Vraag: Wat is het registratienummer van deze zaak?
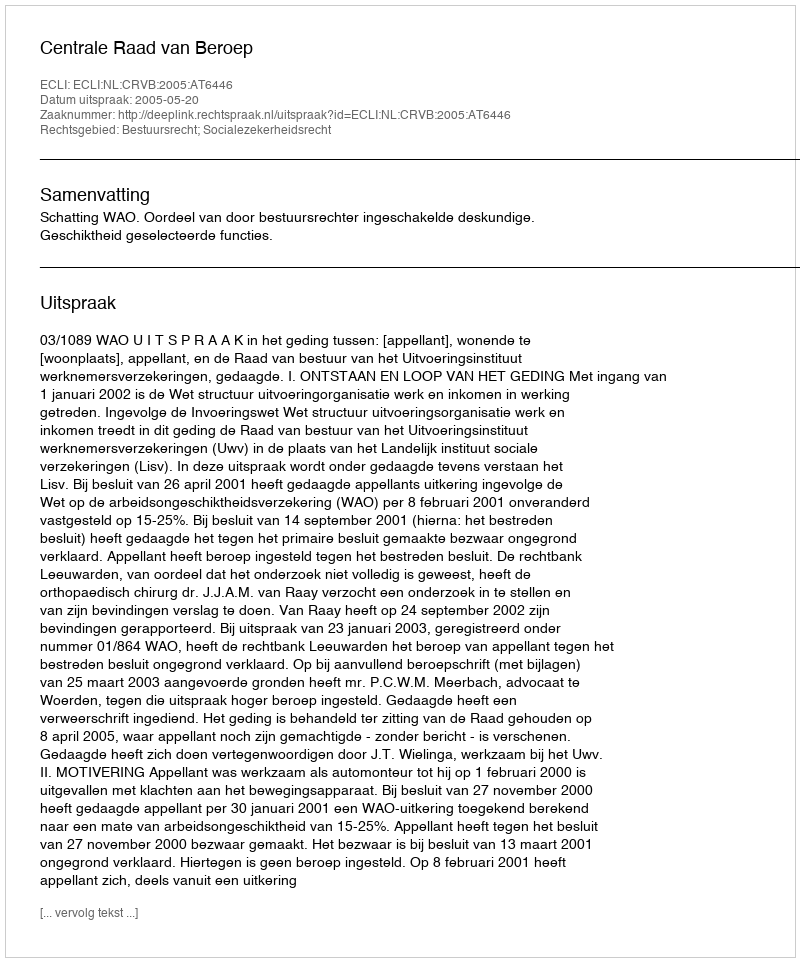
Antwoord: http://deeplink.rechtspraak.nl/uitspraak?id=ECLI:NL:CRVB:2005:AT6446